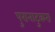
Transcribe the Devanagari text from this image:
पुरानाटुकरा